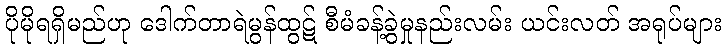
ပိုမိုရရှိမည်ဟု ဒေါက်တာရဲမွန်ထွဋ် စီမံခန့်ခွဲမှုနည်းလမ်း ယင်းလတ် အရုပ်များ